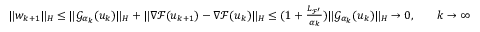
\begin{array} { r l r l } & { \| w _ { k + 1 } \| _ { H } \leq \| { \mathcal { G } } _ { \alpha _ { k } } ( u _ { k } ) \| _ { H } + \| { \nabla { \mathcal { F } } } ( u _ { k + 1 } ) - { \nabla { \mathcal { F } } } ( u _ { k } ) \| _ { H } \leq ( 1 + \frac { { L _ { { \mathcal { F } } ^ { \prime } } } } { \alpha _ { k } } ) \| { \mathcal { G } } _ { \alpha _ { k } } ( u _ { k } ) \| _ { H } \to 0 , } & & { k \to \infty } \end{array}